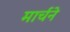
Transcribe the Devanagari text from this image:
मार्चने